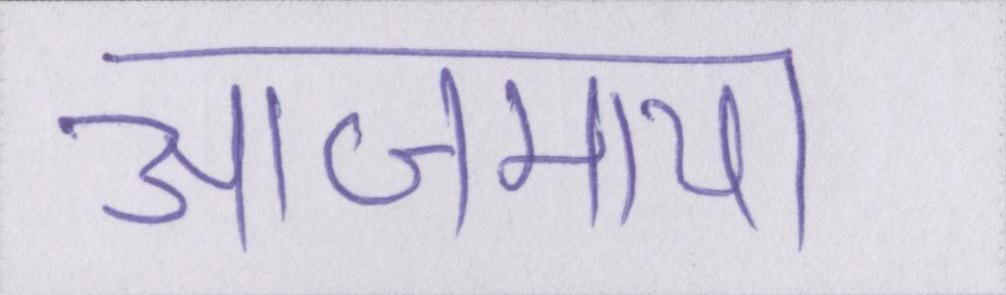
आजमाया